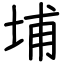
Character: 埔